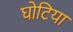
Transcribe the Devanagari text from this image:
घोटिया